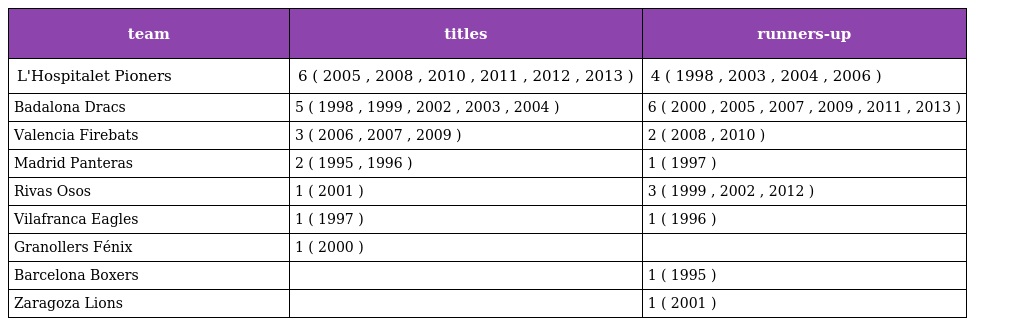
| team | titles | runners-up |
 | --- | --- | --- |
 | L'Hospitalet Pioners | 6 ( 2005 , 2008 , 2010 , 2011 , 2012 , 2013 ) | 4 ( 1998 , 2003 , 2004 , 2006 ) |
 | Badalona Dracs | 5 ( 1998 , 1999 , 2002 , 2003 , 2004 ) | 6 ( 2000 , 2005 , 2007 , 2009 , 2011 , 2013 ) |
 | Valencia Firebats | 3 ( 2006 , 2007 , 2009 ) | 2 ( 2008 , 2010 ) |
 | Madrid Panteras | 2 ( 1995 , 1996 ) | 1 ( 1997 ) |
 | Rivas Osos | 1 ( 2001 ) | 3 ( 1999 , 2002 , 2012 ) |
 | Vilafranca Eagles | 1 ( 1997 ) | 1 ( 1996 ) |
 | Granollers Fénix | 1 ( 2000 ) |  |
 | Barcelona Boxers |  | 1 ( 1995 ) |
 | Zaragoza Lions |  | 1 ( 2001 ) |